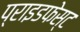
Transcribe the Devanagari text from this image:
प्राइडफेस्ट